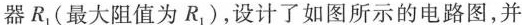
器R_{1}(最大阻值为R_{1})，设计了如图所示的电路图，并